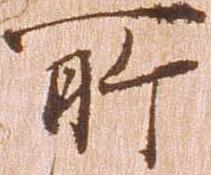
所